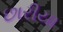
છારીયા